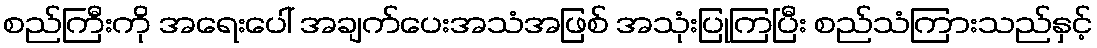
စည်ကြီးကို အရေးပေါ် အချက်ပေးအသံအဖြစ် အသုံးပြုကြပြီး စည်သံကြားသည်နှင့်